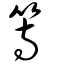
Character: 等